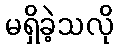
မရှိခဲ့သလို